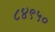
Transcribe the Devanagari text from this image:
८४९५०